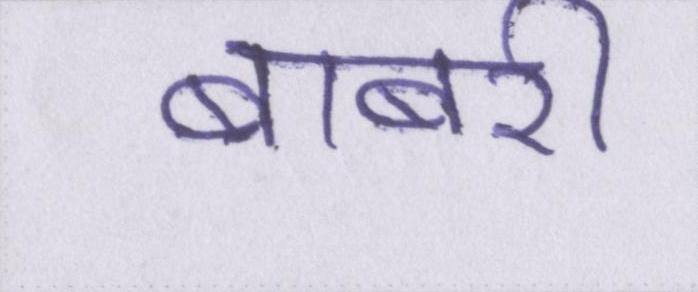
बाबरी